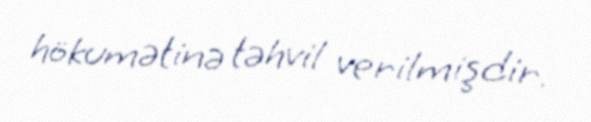
hökumətinə təhvil verilmişdir.